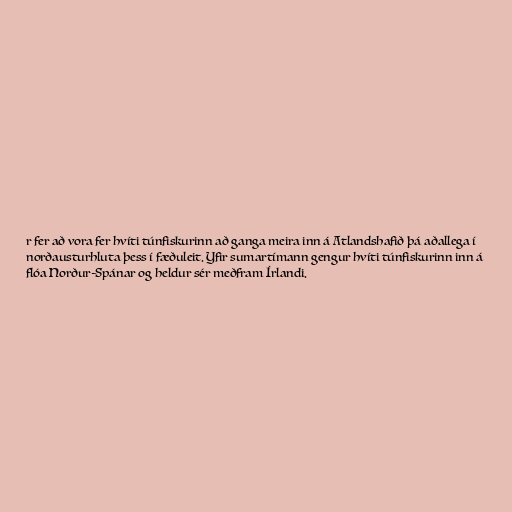
r fer að vora fer hvíti túnfiskurinn að ganga meira inn á Atlandshafið þá aðallega í
norðausturhluta þess í fæðuleit. Yfir sumartímann gengur hvíti túnfiskurinn inn á
flóa Norður-Spánar og heldur sér meðfram Írlandi.